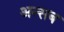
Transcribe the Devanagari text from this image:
अन्सब